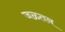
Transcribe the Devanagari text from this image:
जळतन